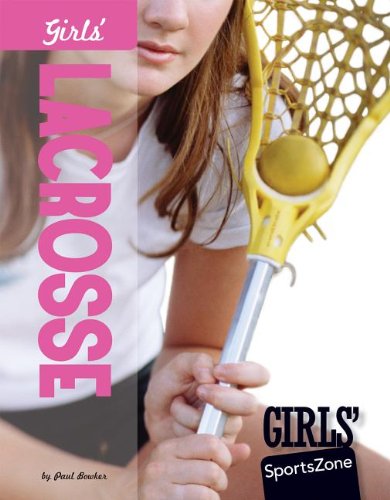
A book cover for Girls' Lacrosse (Girls' Sportszone); Paul Bowker; Children's Books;